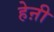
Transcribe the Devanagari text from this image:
हेऩी